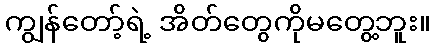
ကျွန်တော့်ရဲ့ အိတ်တွေကိုမတွေ့ဘူး။